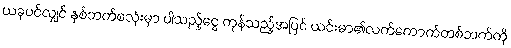
ယခုပင်လျှင် နှစ်ဘက်စလုံးမှာ ပါသည့်ငွေ ကုန်သည့်အပြင် ယင်းမာ၏လက်ကောက်တစ်ဘက်ကို